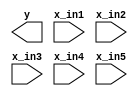
module AOI_str (y, x_in1, x_in2, x_in3, x_in4, x_in5);
  output 	y;
  input	x_in1, x_in2, x_in3, x_in4, x_in5;
  
  wire	y1, y2;		// Internal wires

  nor 	(y_out, y1, y2);
  and 	(y1, x_in1, x_in2);
  and 	(y2, x_in3, x_in4, x_in5);
endmodule